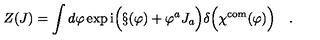
Z ( J ) = \int d \varphi \exp \mathrm { i } \Bigl ( \S ( \varphi ) + \varphi ^ { a } J _ { a } \Bigr ) \delta \Bigl ( \chi ^ { \mathrm { \scriptsize c o m } } ( \varphi ) \Bigr ) \quad .